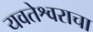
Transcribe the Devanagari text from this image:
यवतेश्वराचा